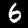
Digit: 6